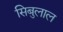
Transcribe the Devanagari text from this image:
सिबुलाल